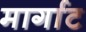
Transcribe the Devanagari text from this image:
मार्गाट